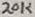
Text: 20K